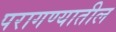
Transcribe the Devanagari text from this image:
परागण्यातील